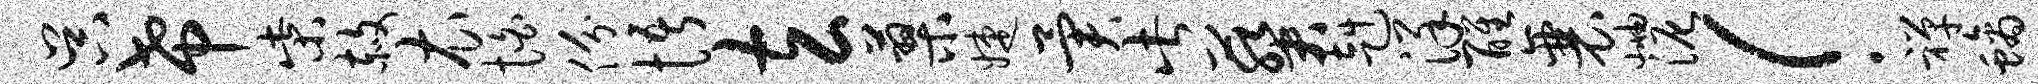
吴希柴赦衣怕份悟玄蓼婕异此葵赳详醒襄岫泥！禅螭